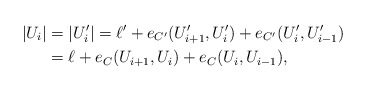
\begin{align*}|U_i|&=|U_i'|=\ell'+e_{C'}(U_{i+1}', U_i')+e_{C'}(U_i', U_{i-1}')\\&=\ell+e_C(U_{i+1}, U_i)+e_C(U_i, U_{i-1}),\end{align*}